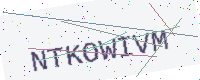
Text: NTKOWIVM